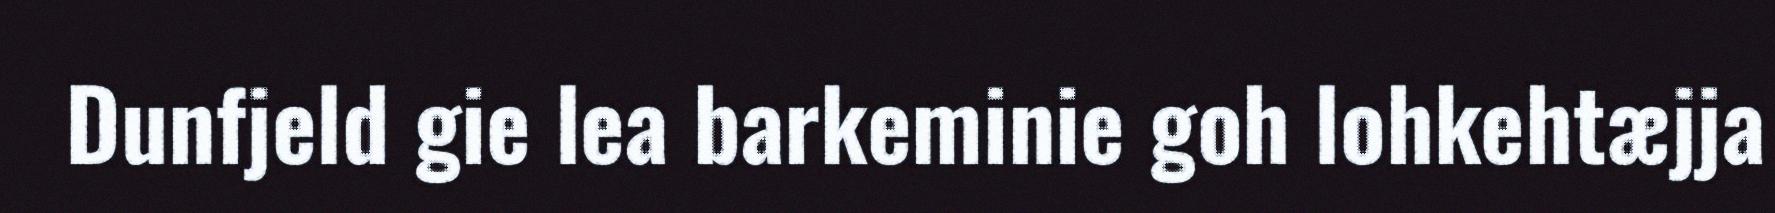
Dunfjeld gie lea barkeminie goh lohkehtæjja